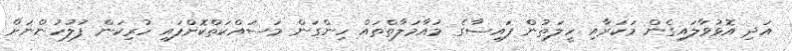
އަދި އޮޅުވާލައިގެން މަކަރާއި ހީލަތުން ފައިސާގެ މުއާމަލާތްތައް ހިންގަން މަސައްކަތްކޮށްފައި ހުރިކަން ފުލުހުންނަށް